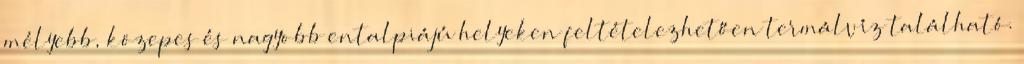
mélyebb, közepes és nagyobb entalpiájú helyeken feltételezhetően termálvíz található.